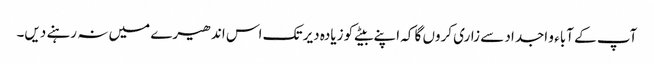
آپ کے آباء و اجداد سے زاری کروں گا کہ اپنے بیٹے کو زیادہ دیر تک اس اندھیرے میں نہ رہنے دیں۔